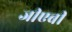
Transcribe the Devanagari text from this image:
जीएबी